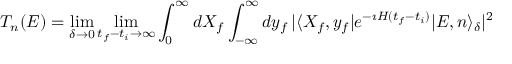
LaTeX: { \cal T } _ { n } ( E ) = \operatorname * { l i m } _ { \delta \to 0 } \operatorname * { l i m } _ { t _ { f } - t _ { i } \to \infty } \int _ { 0 } ^ { \infty } d X _ { f } \int _ { - \infty } ^ { \infty } d y _ { f } \, \vert \langle X _ { f } , y _ { f } \vert e ^ { - \imath H ( t _ { f } - t _ { i } ) } \vert E , n \rangle _ { \delta } \vert ^ { 2 }